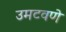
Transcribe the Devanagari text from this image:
उमटवणे